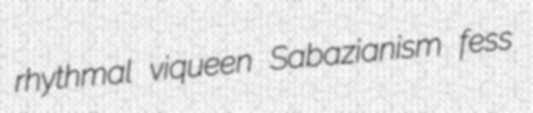
rhythmal viqueen Sabazianism fess